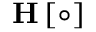
\mathbf { H } \left[ \circ \right]